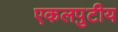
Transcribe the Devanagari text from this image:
एकलपुटीय